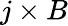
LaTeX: j\times B